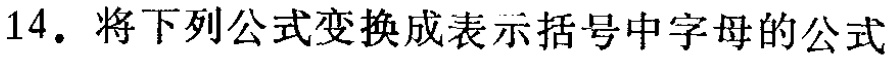
14. 将下列公式变换成表示括号中字母的公式